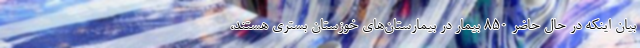
بیان اینکه در حال حاضر ۸۵۰ بیمار در بیمارستان‌های خوزستان بستری هستند،